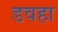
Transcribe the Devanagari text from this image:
डवहा